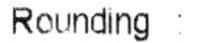
ROUNDING :